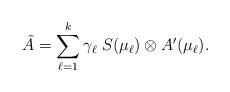
LaTeX: \begin{align*} \tilde{A} = \sum_{\ell=1}^k \gamma_{\ell} \; S(\mu_{\ell}) \otimes {A}'(\mu_{\ell}) .\end{align*}